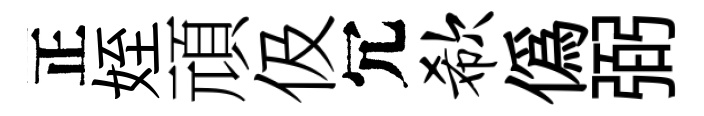
正姪頑伋冗欷偽弼